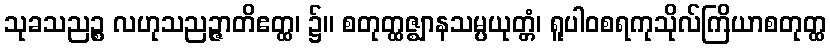
သုခသညဉ္စ လဟုသညဉ္ဇာတိဧတ္ထ၊ ၌။ စတုတ္ထဇ္ဈာနသမ္ပယုတ္တံ၊ ရူပါဝစရကုသိုလ်ကြိယာစတုတ္ထ